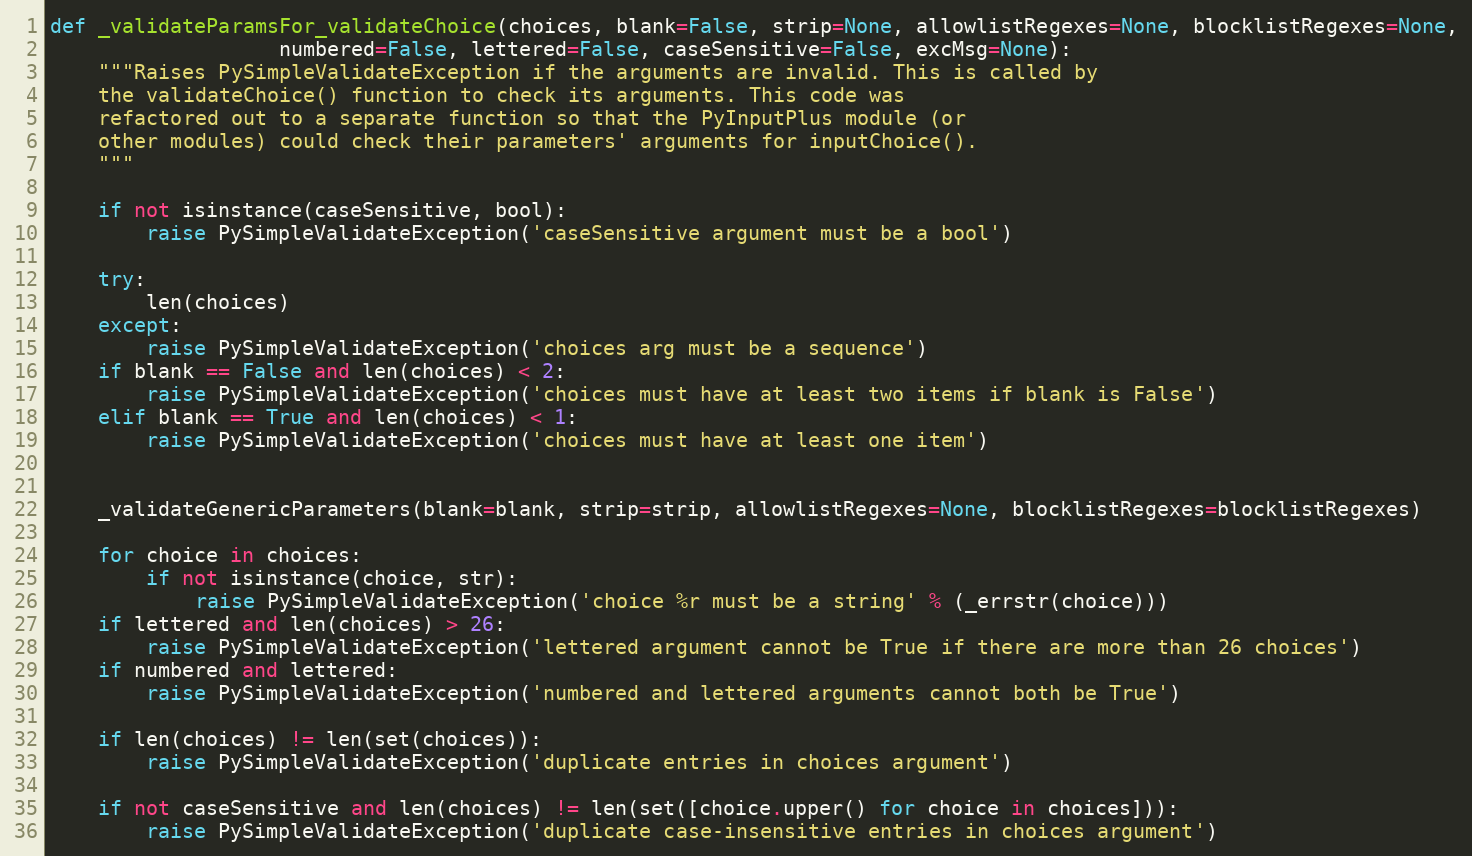
Language: Python
def _validateParamsFor_validateChoice(choices, blank=False, strip=None, allowlistRegexes=None, blocklistRegexes=None,
                   numbered=False, lettered=False, caseSensitive=False, excMsg=None):
    """Raises PySimpleValidateException if the arguments are invalid. This is called by
    the validateChoice() function to check its arguments. This code was
    refactored out to a separate function so that the PyInputPlus module (or
    other modules) could check their parameters' arguments for inputChoice().
    """

    if not isinstance(caseSensitive, bool):
        raise PySimpleValidateException('caseSensitive argument must be a bool')

    try:
        len(choices)
    except:
        raise PySimpleValidateException('choices arg must be a sequence')
    if blank == False and len(choices) < 2:
        raise PySimpleValidateException('choices must have at least two items if blank is False')
    elif blank == True and len(choices) < 1:
        raise PySimpleValidateException('choices must have at least one item')

    _validateGenericParameters(blank=blank, strip=strip, allowlistRegexes=None, blocklistRegexes=blocklistRegexes)

    for choice in choices:
        if not isinstance(choice, str):
            raise PySimpleValidateException('choice %r must be a string' % (_errstr(choice)))
    if lettered and len(choices) > 26:
        raise PySimpleValidateException('lettered argument cannot be True if there are more than 26 choices')
    if numbered and lettered:
        raise PySimpleValidateException('numbered and lettered arguments cannot both be True')

    if len(choices) != len(set(choices)):
        raise PySimpleValidateException('duplicate entries in choices argument')

    if not caseSensitive and len(choices) != len(set([choice.upper() for choice in choices])):
        raise PySimpleValidateException('duplicate case-insensitive entries in choices argument')